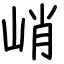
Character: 峭